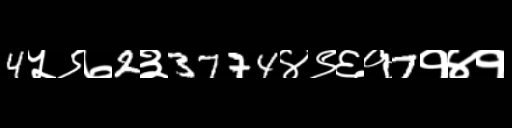
Text: 4५९७2३3774४९६१7१४१